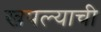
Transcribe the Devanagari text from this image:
खपल्याची